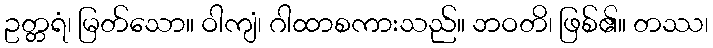
ဥတ္တရံ၊ မြတ်သော။ ဝါကျံ၊ ဂါထာစကားသည်။ ဘဝတိ၊ ဖြစ်၏။ တဿ၊